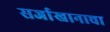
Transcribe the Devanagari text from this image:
सर्जाखानाचा